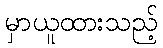
မှာယူထားသည့်